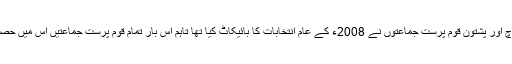
صوبے کی بلوچ اور پشتون قوم پرست جماعتوں نے 2008ء کے عام انتخابات کا بائیکاٹ کیا تھا تاہم اس بار تمام قوم پرست جماعتیں اس میں حصہ لے رہی ہیں۔